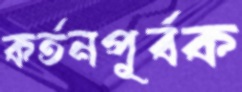
কর্তনপূর্বক